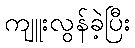
ကျူးလွန်ခဲ့ပြီး